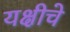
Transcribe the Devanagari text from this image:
यक्षीचे